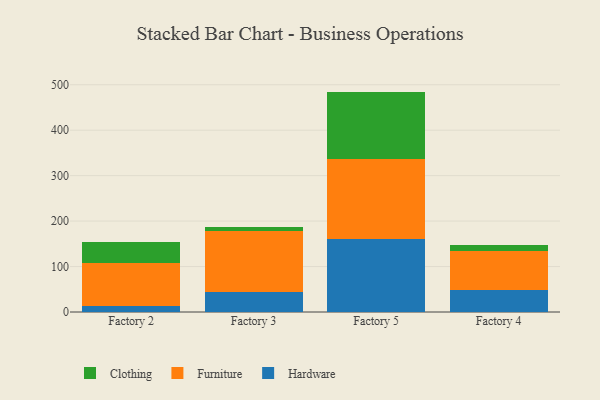
{"axis": {"x": "Factory", "y": "LTV (USD)"}, "legend": ["Clothing", "Furniture", "Hardware"], "data": [{"x": "Factory 2", "y": 12.4, "type": "Hardware"}, {"x": "Factory 2", "y": 95.4, "type": "Furniture"}, {"x": "Factory 2", "y": 45.4, "type": "Clothing"}, {"x": "Factory 3", "y": 43.9, "type": "Hardware"}, {"x": "Factory 3", "y": 134.8, "type": "Furniture"}, {"x": "Factory 3", "y": 8.6, "type": "Clothing"}, {"x": "Factory 5", "y": 161.7, "type": "Hardware"}, {"x": "Factory 5", "y": 174.1, "type": "Furniture"}, {"x": "Factory 5", "y": 149.1, "type": "Clothing"}, {"x": "Factory 4", "y": 47.6, "type": "Hardware"}, {"x": "Factory 4", "y": 86.3, "type": "Furniture"}, {"x": "Factory 4", "y": 13.2, "type": "Clothing"}]}